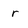
Character: r